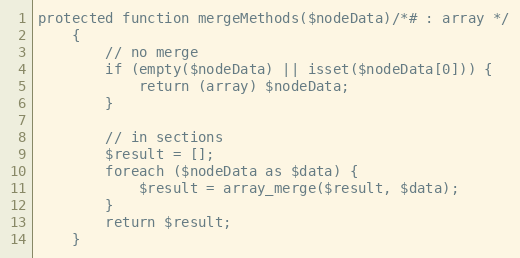
Language: PHP
protected function mergeMethods($nodeData)/*# : array */
    {
        // no merge
        if (empty($nodeData) || isset($nodeData[0])) {
            return (array) $nodeData;
        }

        // in sections
        $result = [];
        foreach ($nodeData as $data) {
            $result = array_merge($result, $data);
        }
        return $result;
    }